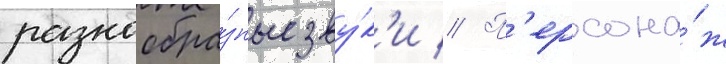
разнообра́зные зву́к'и // П'ерсона́ж